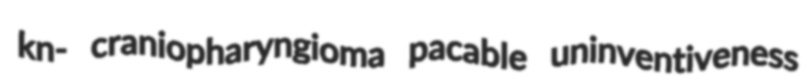
kn- craniopharyngioma pacable uninventiveness